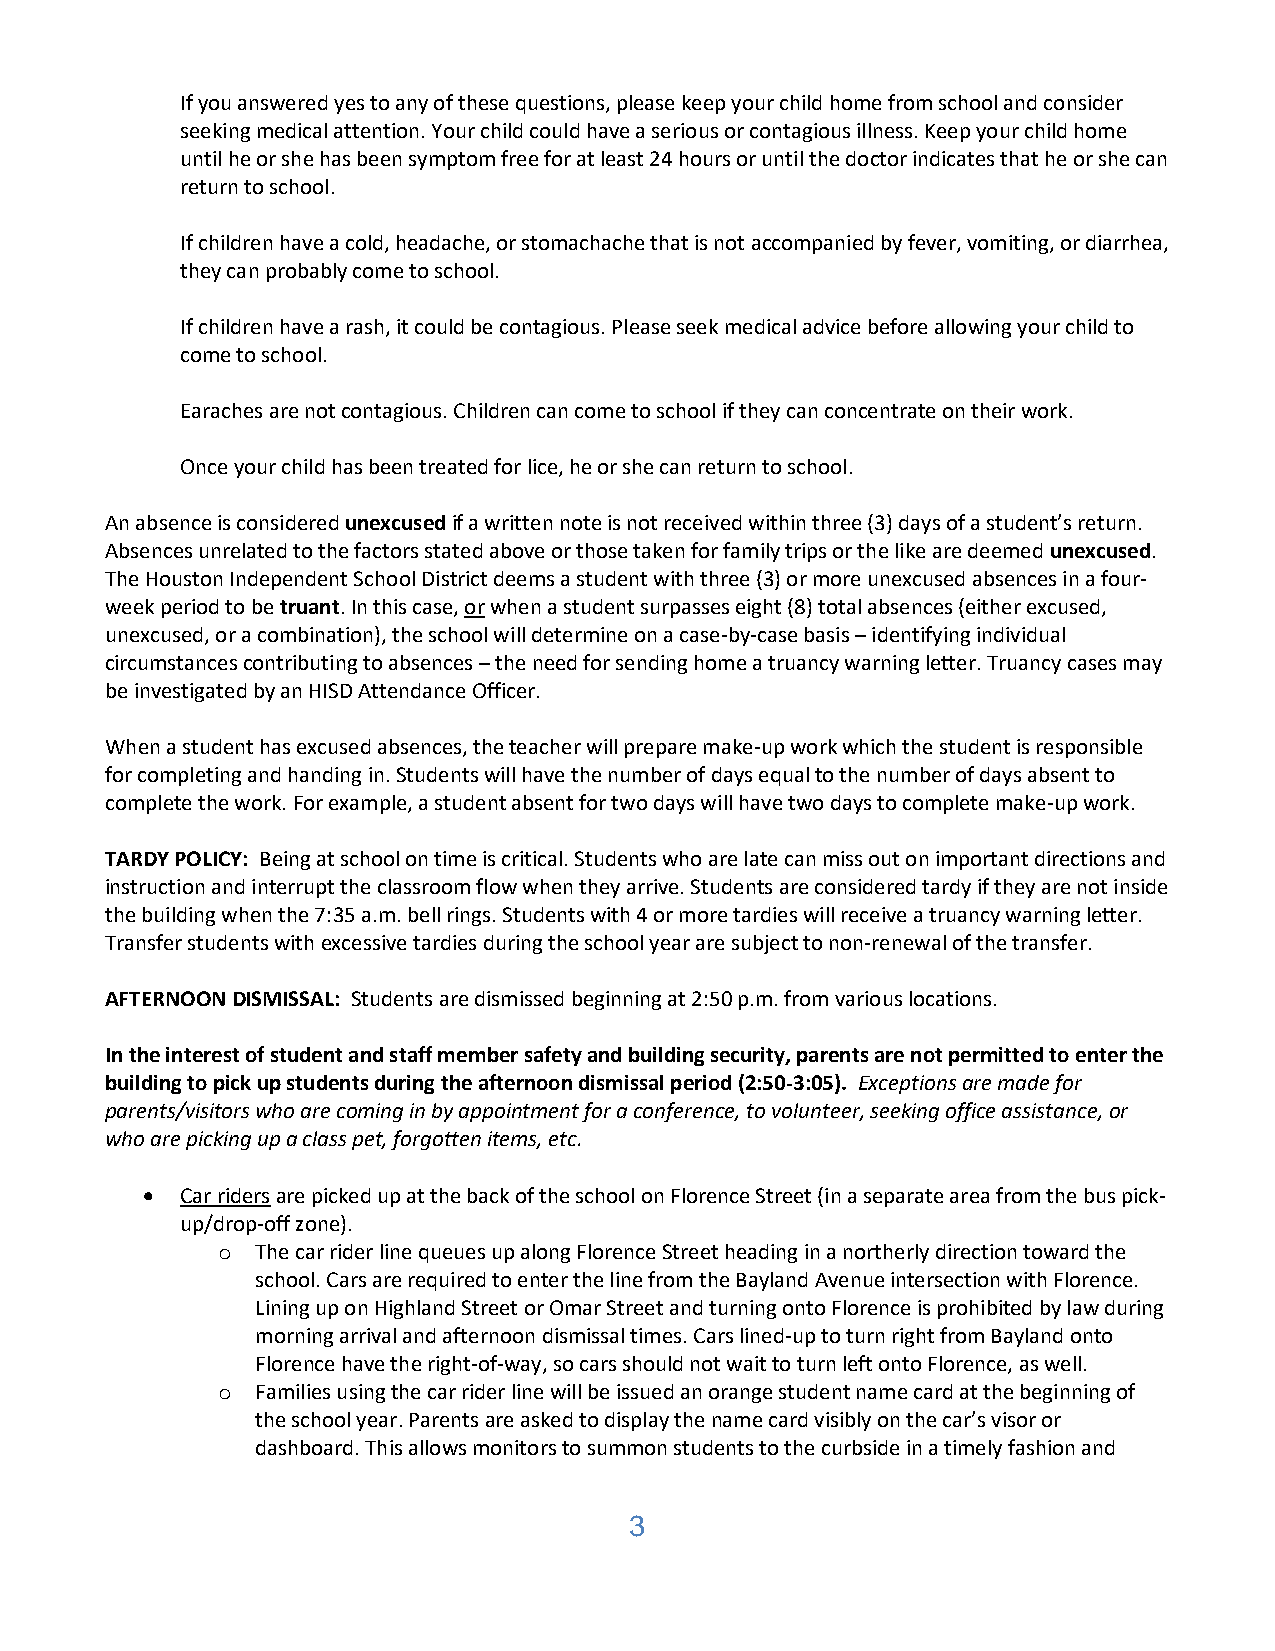
If you answered yes to any of these questions, please keep your child home from school and consider
 seeking medical attention. Your child could have a serious or contagious illness. Keep your child home
 until he or she has been symptom free for at least 24 hours or until the doctor indicates that he or she can
 return to school.
 If children have a cold, headache, or stomachache that is not accompanied by fever, vomiting, or diarrhea,
 they can probably come to school.
 If children have a rash, it could be contagious. Please seek medical advice before allowing your child to
 come to school.
 Earaches are not contagious. Children can come to school if they can concentrate on their work.
 Once your child has been treated for lice, he or she can return to school.
 An absence is considered unexcused if a written note is not received within three (3) days of a student’s return.
 Absences unrelated to the factors stated above or those taken for family trips or the like are deemed unexcused.
 The Houston Independent School District deems a student with three (3) or more unexcused absences in a four-
 week period to be truant. In this case, or when a student surpasses eight (8) total absences (either excused,
 unexcused, or a combination), the school will determine on a case-by-case basis – identifying individual
 circumstances contributing to absences – the need for sending home a truancy warning letter. Truancy cases may
 be investigated by an HISD Attendance Officer.
 When a student has excused absences, the teacher will prepare make-up work which the student is responsible
 for completing and handing in. Students will have the number of days equal to the number of days absent to
 complete the work. For example, a student absent for two days will have two days to complete make-up work.
 TARDY POLICY: Being at school on time is critical. Students who are late can miss out on important directions and
 instruction and interrupt the classroom flow when they arrive. Students are considered tardy if they are not inside
 the building when the 7:35 a.m. bell rings. Students with 4 or more tardies will receive a truancy warning letter.
 Transfer students with excessive tardies during the school year are subject to non-renewal of the transfer.
 AFTERNOON DISMISSAL: Students are dismissed beginning at 2:50 p.m. from various locations.
 In the interest of student and staff member safety and building security, parents are not permitted to enter the
 building to pick up students during the afternoon dismissal period (2:50-3:05). Exceptions are made for
 parents/visitors who are coming in by appointment for a conference, to volunteer, seeking office assistance, or
 who are picking up a class pet, forgotten items, etc.
 •  Car riders are picked up at the back of the school on Florence Street (in a separate area from the bus pick-
 up/drop-off zone).
 o  The car rider line queues up along Florence Street heading in a northerly direction toward the
 school. Cars are required to enter the line from the Bayland Avenue intersection with Florence.
 Lining up on Highland Street or Omar Street and turning onto Florence is prohibited by law during
 morning arrival and afternoon dismissal times. Cars lined-up to turn right from Bayland onto
 Florence have the right-of-way, so cars should not wait to turn left onto Florence, as well.
 o  Families using the car rider line will be issued an orange student name card at the beginning of
 the school year. Parents are asked to display the name card visibly on the car’s visor or
 dashboard. This allows monitors to summon students to the curbside in a timely fashion and
 3